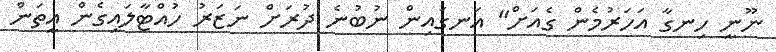
ނޫނީ ހިނގާ އަހަރުމެން ގެއަށް" އަނގައިން ނުބުނެ ދުރަށް ނަޒަރު ހުއްޓާލައިގެން އީތަން